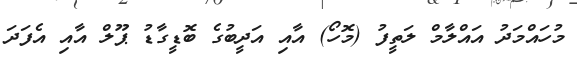
މުހައްމަދު އައްލާމް ލަތީފު (މޮހޯ) އާއި އަދީބުގެ ބޮޑީގާޑު ޕޫލް އާއި އެފަދަ